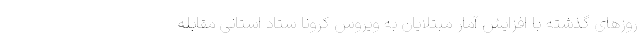
روزهای گذشته با افزایش آمار مبتلایان به ویروس کرونا ستاد استانی مقابله